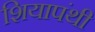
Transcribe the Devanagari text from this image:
शियापंथी